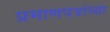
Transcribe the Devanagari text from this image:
प्रमाणपत्रांच्या